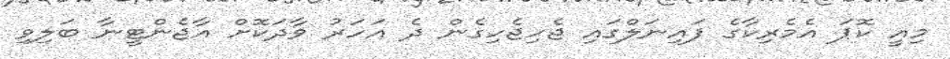
މިއީ ކޮޕަ އެމެރިކާގެ ފައިނަލްގައި ޖެހިޖެހިގެން ދެ އަހަރު ވާދަކޮށް އާޖެންޓީނާ ބަލިވި